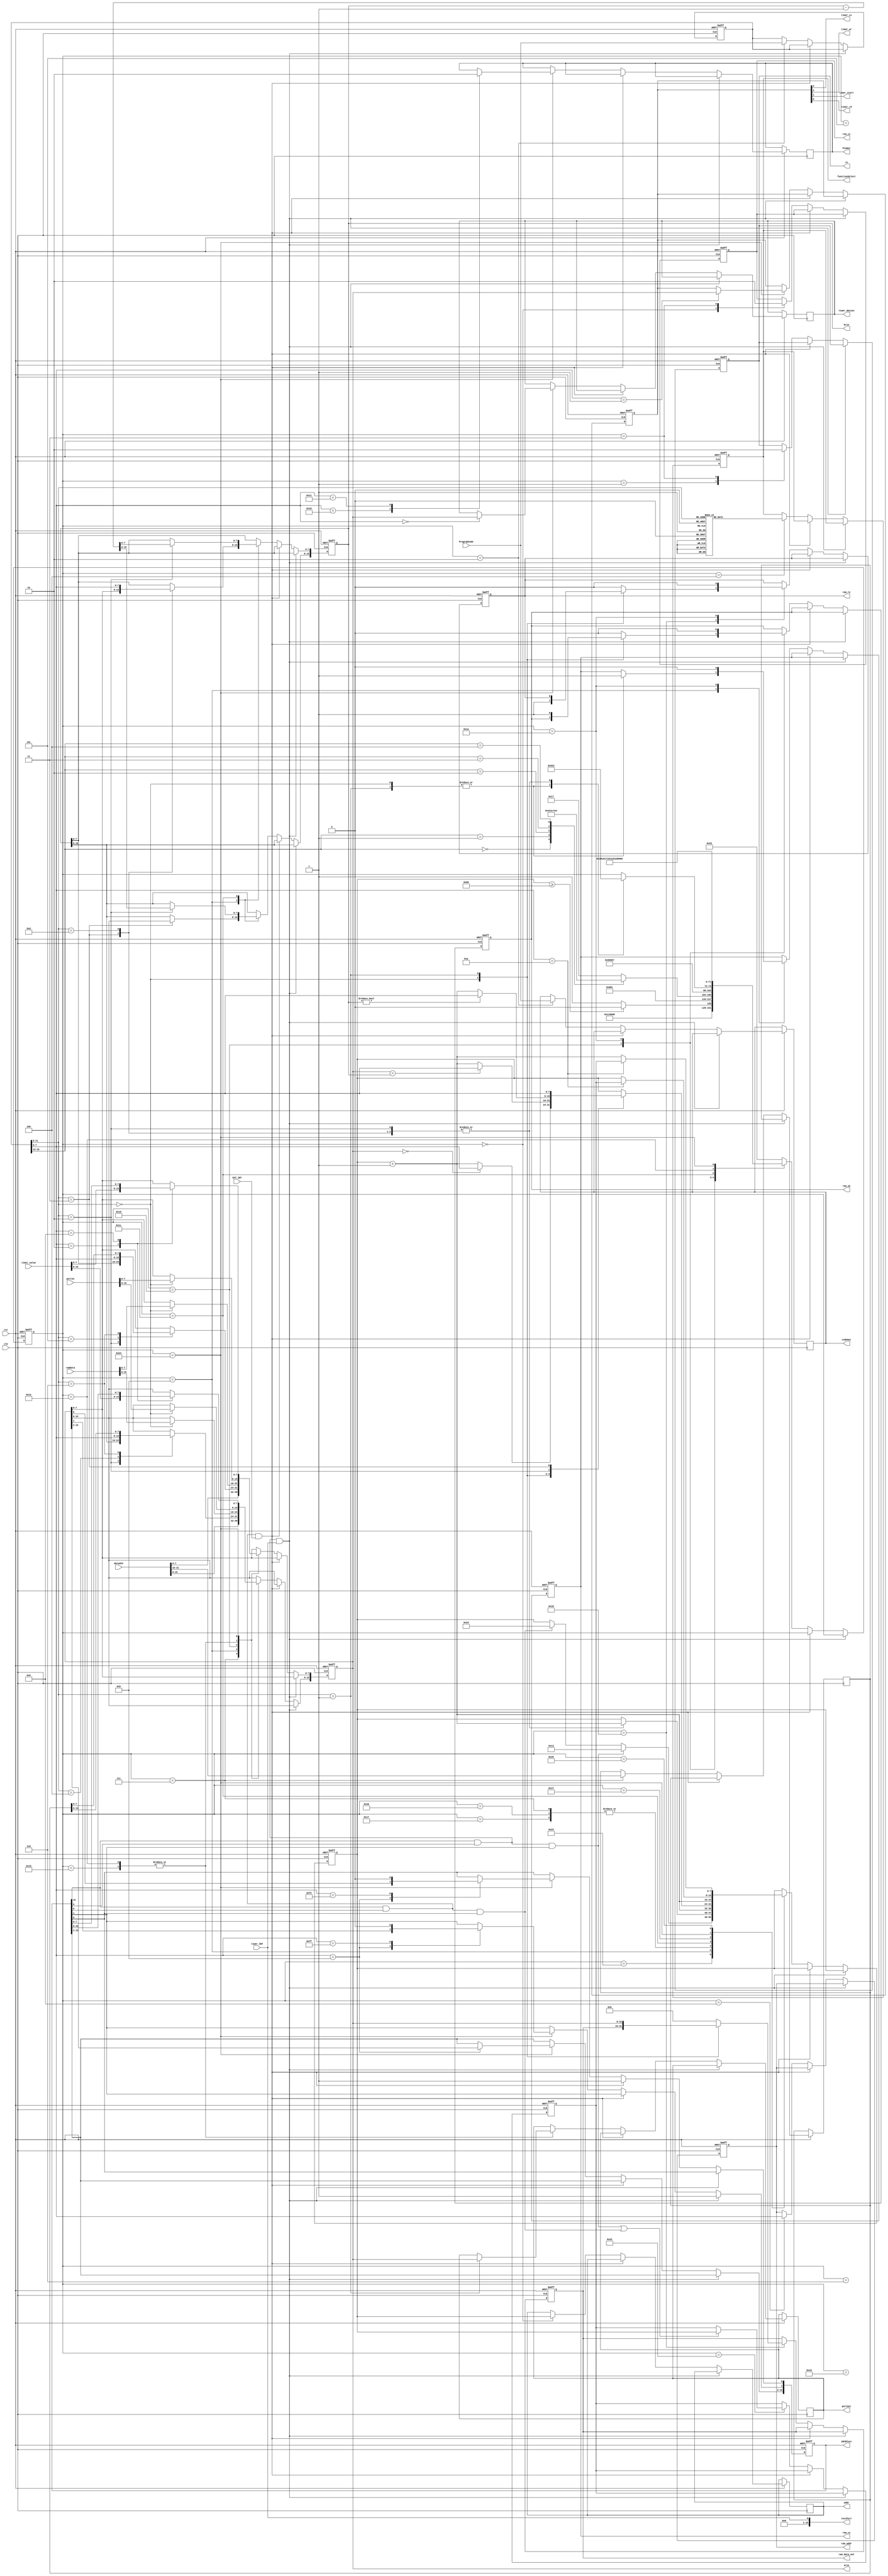
module controller(
    input clk,
    input rst,
    input [15:0] ProgramCode,               ///< Program from ROM
    input [15:0] ramData,
    input [15:0] portIn,                    ///< For port operation
    input timer_INT,
    input EXT_INT,
    input [15:0] timer_value, 
    output reg rom_cs,
    output reg re,                          ///< Enable read from ROM
    output reg ram_cs,
    output reg ram_re,
    output reg ram_we,
    output timer_cs,
    output timer_wr,
    output timer_start,
    output timer_rd,
    output reg [15:0] timer_datain,
    output reg [7:0] ram_addr,
//  output reg [15:0] ram_data_in,
    output reg [15:0] ram_data_out,
    output reg [3:0] functionSelect,
    output reg [15:0] portOut,
    output reg [15:0] codeOut,              ///< Test Port to see Program Code
    output reg [7:0] addr,                  ///< Program Counter
    input [31:0] dataACC,                   ///< Store Result
    output reg [15:0] arin,
    output reg [15:0] brin,
    output [15:0] testPort,
    output [15:0] INTRTest,
    output reg PinOut
);


    parameter IDLE=0, State1=1,
              State2=2, State3=3, 
              State4=4, State5=5,
              State6=6, State7=7,
              State8=8, State9=9,
              State21=21,
              State22=22, State23=23,
              State24=24, State25=25,
              State26=26, State27=27,

              TState0 = 28, TState1 = 29,

              PState0 = 30, PState1 = 31,
              PState2 = 32, PState3 = 33,
              CheckINT = 34, PINT = 35,
              NBranch0 = 36, NBranch1 = 37,
              NBranch2 = 38, NBranch3 = 39,
              NBranch4 = 40, NBranch5 = 41;

    parameter rom_E0 = 8'd19; ///< Timer INT Entrance
    parameter rom_F0 = 8'd35; ///< External INT Entrance

    reg[7:0] CurrentState = IDLE;
    reg[7:0] ProgramCounter;
    reg[15:0] hacc; 

    reg[15:0] romReg;
    wire[2:0] ControlSelect;
    wire[3:0] FuntionSelect;

    ///< Registers Concerning INTERRUPT
    reg [15:0] TC;   ///< Timer Controll Register, TC[3]: cs;  TC[2]: wr; TC[1]: start;TC[0]: rd
    reg [15:0] INTR; ///< INTERRUPT Register,      INTR[15]: always allow, INTR[9]: allow timer(?),  
                     ///<                          INTR[8]: allow external INT, INTR[1]: timer request, 
                     ///<                          INTR[0]: external request
    reg [7:0] pcSave;///< Save Program Counter before processing Interrupt


    ///< TODO: Turn Down Interrupt Signal when Request Flag has been
    ///< Do this in Interrupt Service Routine

    ///< Control by TC
    assign timer_cs = TC[3];
    assign timer_wr = TC[2];
    assign timer_start = TC[1];
    assign timer_rd = TC[0];     ///< Debugging : replace TC[0] with 1'b1


    assign ControlSelect = romReg[15:13];
    assign FuntionSelect = romReg[11:8];

    assign testPort = timer_INT;
    assign INTRTest = INTR;

    always @(posedge clk or negedge rst) begin

        if(!rst) begin
           CurrentState <= CheckINT;
           ProgramCounter <= 0;
           re <= 0;
           ram_addr <= 0;
           ram_cs <= 0;

           ram_data_out <= 0;
           ram_re <= 0;
           ram_we <= 0;
           rom_cs <= 0;
           arin <= 0;
           brin <= 0;
           functionSelect <= 0;

           romReg <= 0;

           TC <= 0;
           INTR <= 0;
           pcSave <= 0;
        end
        else if(INTR[15] & INTR[9] & timer_INT) INTR[1] <= 1'b1;
        else if(INTR[15] & INTR[8] & EXT_INT)   INTR[0] <= 1'b1;
        else begin 
            case (CurrentState)

                CheckINT:begin
                    if((INTR[15] & INTR[9] & INTR[1]) | (INTR[15] & INTR[8] & INTR[0])) begin ///< Check INT
                        pcSave <= ProgramCounter;
                    end

                    // if(INTR[15] & INTR[8] & INTR[0]) 
                    //     pcSave <= ProgramCounter;

                    CurrentState <= PINT;
                end

                PINT:begin
                    if(INTR[15] & INTR[9] & INTR[1]) begin
                        ProgramCounter <= rom_E0;
                    end
                    else if(INTR[15] & INTR[8] & INTR[0]) begin
                        ProgramCounter <= rom_F0;
                    end
                    CurrentState <= IDLE;
                end


                IDLE:begin
                    rom_cs <= 1'b1;
                    addr <= ProgramCounter;
                    if(ProgramCounter >= 8'b10000000)
                        CurrentState <= IDLE;
                    else
                        CurrentState <= State1;
                end

                State1:begin
                    CurrentState <= State2;
                    re <= 1'b1;
                end
                State2:begin
                    CurrentState <= State3;
                    romReg <= ProgramCode;
                    codeOut <= ProgramCode;
                end
                State3:begin
                    // CurrentState <= State4;
                    rom_cs <= 0;
                    re <= 0;
                    case(ControlSelect)
                        3'b000:CurrentState <= State4;///< Arithmetic & Logic Operation
                        3'b001:CurrentState <= State8;///< Memory Operation

                        3'b010:CurrentState <= TState0;///< Transfer Operation
                        3'b011:CurrentState <= PState0;///< Port Operation
                        3'b100:CurrentState <= NBranch0; ///< Instructions from MCU3
                        default:CurrentState <= State23;///< PC++ And Go CheckINT
                    endcase
                end
                State4:begin
                    CurrentState <= State5;
                    case(FuntionSelect)
                        4'b0001: begin ///< Perform arin + brin 
                            functionSelect <= 4'b0001;
                        end
                        4'b0011: begin ///< Perform arin * brin
                            functionSelect <= 4'b0011;
                        end
                        4'b0101: begin ///< Perform arin & brin
                            functionSelect <= 4'b0101;
                        end
                        4'b1000: begin ///< Perform ar << br;
                            functionSelect <= 4'b1000;
                        end
                        4'b0100:begin  ///< Perform ar / br32
                            functionSelect <= 4'b0100;
                        end
                        4'b0010:begin ///< Perform ar - br
                            functionSelect <= 4'b0010;
                        end
                        4'b0101:begin ///< Perform ar and br
                            functionSelect <= 4'b0101;
                        end
                        4'b0110:begin ///< Perform ar or br
                            functionSelect <= 4'b0110;
                        end            
                        4'b0111:begin ///< Perform not ar 
                            functionSelect <= 4'b0111;
                        end            
                        4'b1000:begin ///< Perform ar << br
                            functionSelect <= 4'b1000;
                        end
                        4'b1001:begin ///< Perform ar >> br
                            functionSelect <= 4'b1001;
                        end
                        4'b1010:begin ///< Perform ar ++
                            functionSelect <= 4'b1010;
                        end      
                        4'b1011:begin ///< Perform ar --
                            functionSelect <= 4'b1011;
                        end                 
                        default: begin ///< Do nothing
                            functionSelect <= 0;
                        end
                    endcase
                end
                State5:begin
                    CurrentState <= State6;
                end
                State6:begin
                    CurrentState <= State7;
                end
                State7:begin
                    CurrentState <= CheckINT;
                    arin <= dataACC[15:0];
                    hacc <= dataACC[31:16];
                    ProgramCounter <= ProgramCounter + 1'b1;
                end
                State8:begin
                    case(FuntionSelect)
                        4'b0000: begin
                            ram_cs <= 1;
                            CurrentState <= State9;
                        end
                        4'b0001: begin
                            ram_cs <= 1;
                            CurrentState <= State9;
                        end
                        4'b0010: begin
                            arin <= brin;
                            CurrentState <= CheckINT;
                            ProgramCounter <= ProgramCounter + 1'b1;
                        end
                        4'b0011: begin
                            brin <= arin;
                            CurrentState <= CheckINT;
                            ProgramCounter <= ProgramCounter + 1'b1;
                        end
                        4'b0100: begin
                            arin[15:8] <= romReg[7:0];
                            CurrentState <= CheckINT;
                            ProgramCounter <= ProgramCounter + 1'b1;
                        end
                        4'b0101: begin  
                            arin[7:0] <= romReg[7:0];
                            CurrentState <= CheckINT;
                            ProgramCounter <= ProgramCounter + 1'b1;
                        end
                        4'b1101: begin
                            brin[7:0] <= romReg[7:0];
                            CurrentState <= CheckINT;
                            ProgramCounter <= ProgramCounter + 1'b1;
                        end
                        4'b0110: begin
                            arin <= hacc;
                            CurrentState <= CheckINT;
                            ProgramCounter <= ProgramCounter + 1'b1;
                        end
                    endcase
                end
                State9:begin
                    CurrentState <= State24;
                    ram_addr <= romReg[7:0];
                end
                State21:begin
                    CurrentState <= State22;
                    case(FuntionSelect)
                        4'b0000:arin <= portIn;    
                        4'b0001:portOut <= arin;
                    endcase
                end
                State22:begin
                    CurrentState <= State23;
                end
                State23:begin
                    CurrentState <= CheckINT;
                    ProgramCounter <= ProgramCounter + 1'b1;
                end
                State24:begin
                    CurrentState <= State25;
                    case(FuntionSelect)
                        4'b0000: ram_re <= 1;
                        4'b0001: ram_data_out <= arin;
                        default: begin
                            ram_re <= 0;
                            ram_data_out <= 0;
                        end
                    endcase
                end
                State25:begin
                    CurrentState <= State26;
                    case(FuntionSelect)
                        4'b0000: arin <= ramData;
                        4'b0001: ram_we <= 1;
                        default: ram_we <= 0;
                    endcase
                end
                State26:begin
                    CurrentState <= State27;
                    ram_we <= 0;
                    ram_re <= 0;
                    ram_cs <= 0;
                end
                State27:begin
                    CurrentState <= CheckINT;
                    ProgramCounter <= ProgramCounter + 1'b1;
                end
                TState0:begin
                    CurrentState <= TState1;
                    case(FuntionSelect)
                        4'b0000: begin
                            if(arin == 16'd0) ProgramCounter <= romReg[7:0];
                            else ProgramCounter <= ProgramCounter + 1'b1;
                        end
                        4'b0001: begin
                            if(arin == brin) ProgramCounter <= romReg[7:0];
                            else ProgramCounter <= ProgramCounter + 1'b1;                            
                        end
                        4'b0010: begin
                            brin <= brin - 1'b1;
                            if(brin != 16'b0) ProgramCounter <= romReg[7:0];
                            else ProgramCounter <= ProgramCounter + 1'b1;                             
                        end
                        4'b0011: ProgramCounter <= romReg[7:0];
                    endcase                    
                end 
                TState1:begin
                    CurrentState <= CheckINT;
                end

                PState0:begin
                    CurrentState <= PState1;
                    case(FuntionSelect)
                        4'b0000: arin <= portIn;
                        4'b0001: portOut <= arin;
                    endcase
                end

                PState1:begin
                    ProgramCounter <= ProgramCounter + 1;
                    CurrentState <= CheckINT;
                end

                NBranch0:begin
                    CurrentState <= NBranch1;
                    case(romReg[7:0])
                        8'b00000000:begin
                            timer_datain <= arin[15:0];
                        end
                        8'b00000001:begin
                            TC <= arin[15:0];
                        end
                        8'b00000010:begin
                            arin <= timer_value;
                        end
                        8'b00001000:begin
                            INTR <= arin[15:0];
                        end
                        8'b00001001:begin
                            arin <= INTR;
                        end
                        8'b00001010:begin
                            ProgramCounter <= pcSave;
                        end
                        8'b00010000:begin
                            PinOut <= 1'b1;
                        end
                        8'b00010001:begin
                            PinOut <= 0;
                        end
                        8'b11111110:begin ///< CLRE
                            INTR[0] <= 0;
                        end
                        8'b11111111:begin
                            INTR[1] <= 0; ///< CLRT
                        end
                    endcase
                end
                
                NBranch1:begin  ///< Avoid PC <= pcSave Failure
                    if(romReg[7:0] == 8'b00001010) begin
                        ProgramCounter <= pcSave;
                        CurrentState <= CheckINT;
                    end
                    else begin
                        ProgramCounter <= ProgramCounter + 1'b1;
                        CurrentState <= CheckINT;
                    end
                        

                end

                default:CurrentState <= CheckINT; 
            endcase                                          
        end
    end



endmodule //